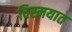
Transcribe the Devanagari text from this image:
विस्मयात